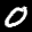
Label: 0